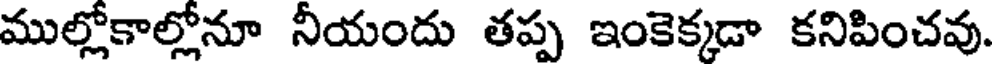
ముల్లోకాల్లోనూ నీయందు తప్ప ఇంకెక్కడా కనిపించవు.